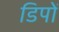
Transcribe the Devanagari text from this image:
डिपों